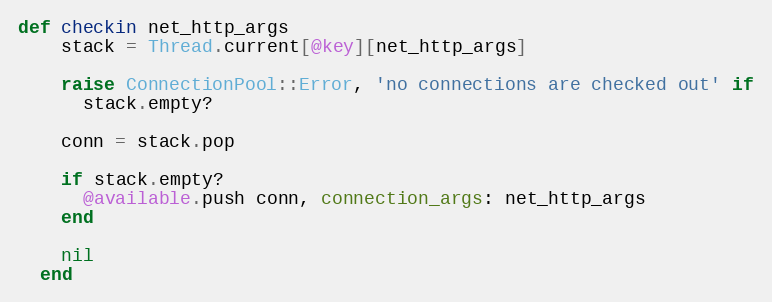
Language: Ruby
def checkin net_http_args
    stack = Thread.current[@key][net_http_args]

    raise ConnectionPool::Error, 'no connections are checked out' if
      stack.empty?

    conn = stack.pop

    if stack.empty?
      @available.push conn, connection_args: net_http_args
    end

    nil
  end